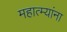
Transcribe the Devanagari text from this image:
महात्म्यांना